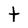
Character: t